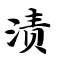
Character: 渍